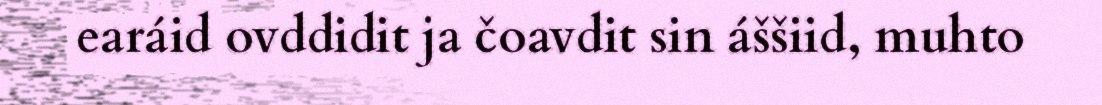
earáid ovddidit ja čoavdit sin áššiid, muhto